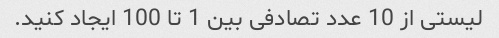
لیستی از 10 عدد تصادفی بین 1 تا 100 ایجاد کنید.